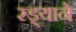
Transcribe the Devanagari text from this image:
रड्याने